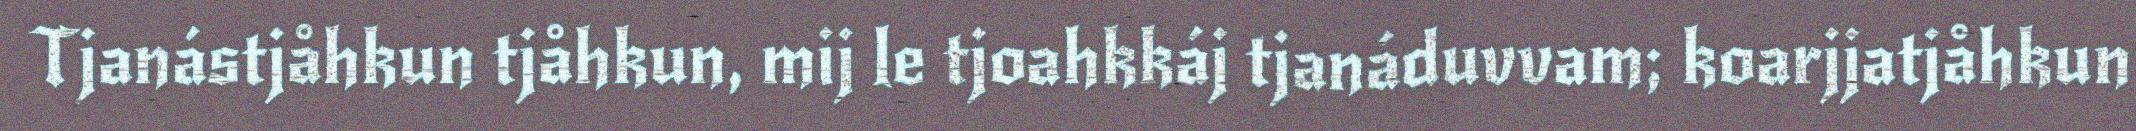
Tjanástjåhkun tjåhkun, mij le tjoahkkáj tjanáduvvam; koarjjatjåhkun